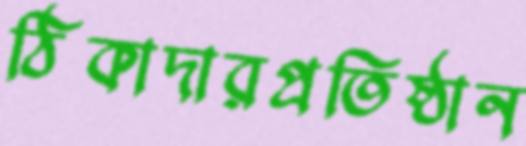
ঠিকাদারপ্রতিষ্ঠান